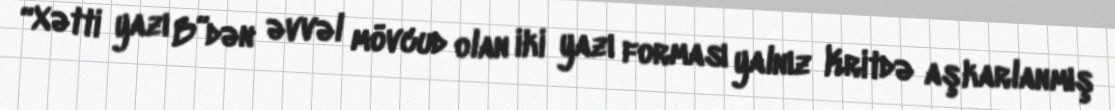
“Xətti yazı B”dən əvvəl mövcud olan iki yazı forması yalnız Kritdə aşkarlanmış